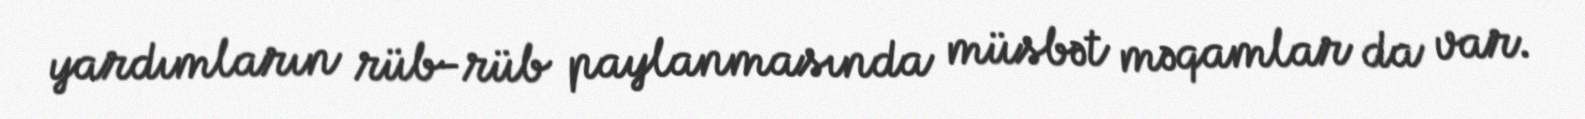
yardımların rüb-rüb paylanmasında müsbət məqamlar da var.